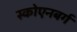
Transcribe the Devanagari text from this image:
स्कोएनबर्ग